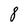
Character: 8